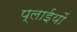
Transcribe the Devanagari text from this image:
प्लाईयों